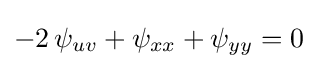
-2\,\psi _{uv}+\psi _{xx}+\psi _{yy}=0